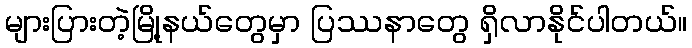
များပြားတဲ့မြို့နယ်တွေမှာ ပြဿနာတွေ ရှိလာနိုင်ပါတယ်။